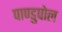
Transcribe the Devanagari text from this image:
पाण्डुपोल